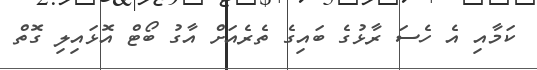
ކަމާއި އެ ހެސަ ރާޅުގެ ބައިގެ ތެރެއަށް އާގު ބޯޓް އޮޅައިލި ގޮތް